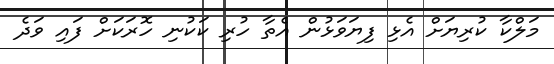
މަލްކާ ކުރިޔަށް އެޅި ފިޔަވަޅުން އެތާ ހުރި ކަކުނި ހޮރަކަށް ފައި ވަދެ